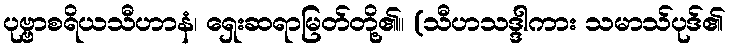
ပုဗ္ဗာစရိယသီဟာနံ၊ ရှေးဆရာမြတ်တို့၏။ (သီဟသဒ္ဒါကား သမာသ်ပုဒ်၏